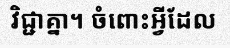
វិជ្ជាគ្នា។ ចំពោះអ្វីដែល